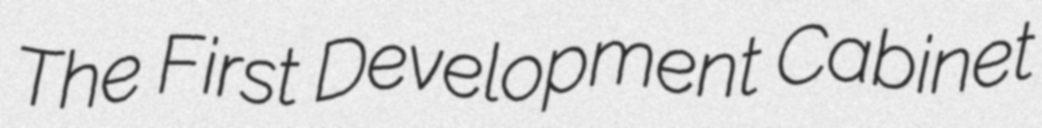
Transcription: The First Development Cabinet